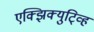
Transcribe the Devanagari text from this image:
एक्झिक्युटि्व्ह